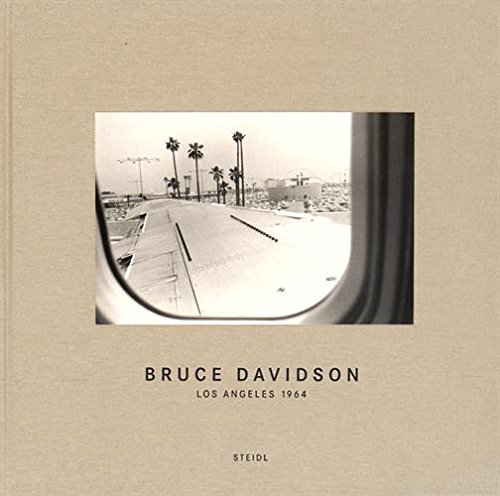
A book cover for Bruce Davidson: Los Angeles 1964; Arts & Photography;